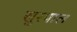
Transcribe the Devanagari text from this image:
सुरपाल